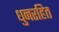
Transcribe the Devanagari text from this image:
धुनरहित